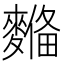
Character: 𪍞